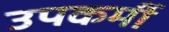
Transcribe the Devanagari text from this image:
उपकर्मी